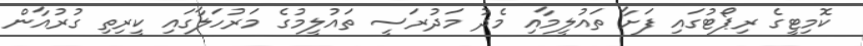
ކޮމިޓީގެ ރިޕޯޓުގައި ފަށާ ތައުލީމާއި މެދު މަދުރަސީ ތައުލީމުގެ މަރުހަލާގައި ކީރިތި ގުރުއާން